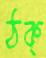
ঠক্